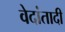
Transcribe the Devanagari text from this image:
वेदांतादी